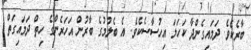
ބާރެކެވެ. ދަމައިގެންދާ ކަހަލަ އިހުސާސެކެވެ. އެ ބެލުމުގެ ބާރުން އަހަރެންގެ ހިތް ދަމައިގަތް